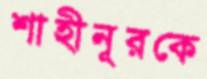
শাহীনূরকে